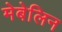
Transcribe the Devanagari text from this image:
मेबेलिन